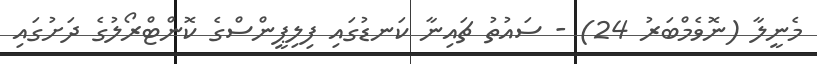
މެނީލާ (ނޮވެމްބަރު 24) - ސައުތު ޗައިނާ ކަނޑުގައި ފިލިޕީންސްގެ ކޮންޓްރޯލުގެ ދަށުގައި